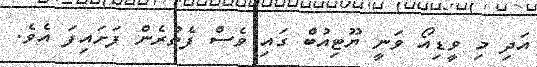
އަދި މި ވީޑިއޯ ވަނީ ޔޫޓިއުބް ގައި ވެސް ފެތުރެން ފަށައިފަ އެވެ.